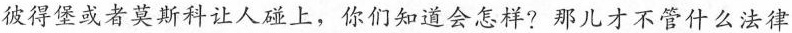
彼得堡或者莫斯科让人碰上，你们知道会怎样?那儿才不管什么法律